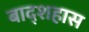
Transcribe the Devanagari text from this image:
बाद्शहास